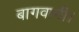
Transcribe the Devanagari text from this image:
बागवानी।